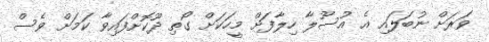
ވަރަށް ނުބަލައި އެ އުސޫލާ ހިލާފަށް މީހަކަށް ގޯތި ދޫކޮށްފައިވާ ކަމަށް ވެސް